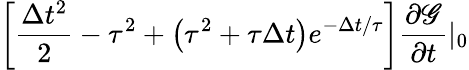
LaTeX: \left[{\frac{\Delta t^{2}}{2}-\tau^{2}+\left({\tau^{2}+\tau\Delta t}\right)e^{-\Delta t/\tau}}\right]\frac{\partial\mathscr{G}}{\partial t}|_{0}